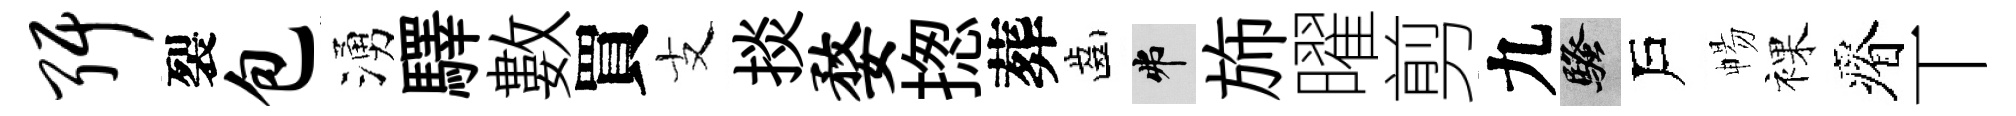
弭裂包湧驛數買支掞婺揔葬齒弗斾曜剪九騷戶暢裸瘠丅